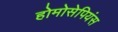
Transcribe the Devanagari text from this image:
होमोसेपियंस